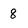
Character: 8